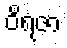
ဝိရဇာ